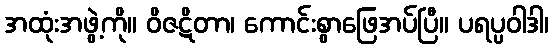
အထုံးအဖွဲ့ကို။ ဝိဇဋိတာ၊ ကောင်းစွာဖြေအပ်ပြီ။ ပရပ္ပဝါဒါ၊